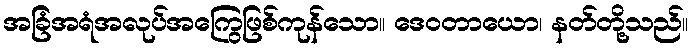
အခြံအရံအလုပ်အကြွေဖြစ်ကုန်သော။ ဒေဝတာယော၊ နတ်တို့သည်။